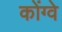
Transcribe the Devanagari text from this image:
कोंग्वे